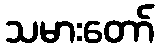
သမားတော်